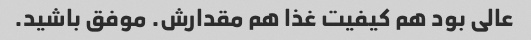
عالی بود هم کیفیت غذا هم مقدارش. موفق باشید.